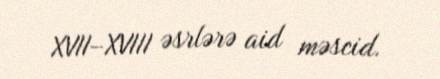
XVII–XVIII əsrlərə aid məscid.